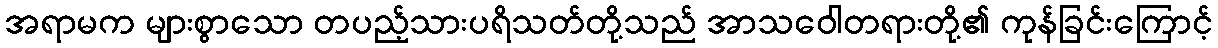
အရာမက များစွာသော တပည့်သားပရိသတ်တို့သည် အာသဝေါတရားတို့၏ ကုန်ခြင်းကြောင့်